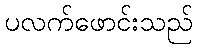
ပလက်ဖောင်းသည်